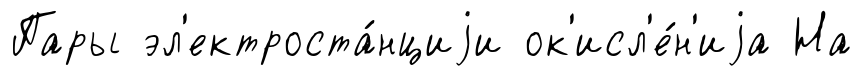
Пары эл'ектроста́нциjи ок'исл'е́н'иjа На